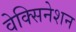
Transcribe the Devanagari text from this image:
वेक्सिनेशन